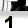
Digit: 1